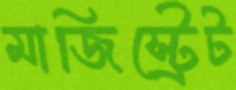
মাজিস্ট্রেট